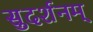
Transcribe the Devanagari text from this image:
सुदर्शनम्